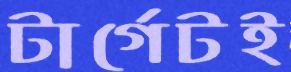
টার্গেটই